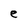
Character: e